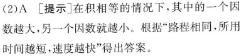
(2)A [提示：在积相等的情况下，其中的一个因数越大，另一个因数就越小。根据“路程相同，所用时间越大，速度就越慢”得出。]